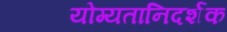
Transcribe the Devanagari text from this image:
योग्यतानिदर्शक